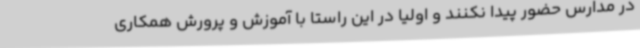
در مدارس حضور پیدا نکنند و اولیا در این راستا با آموزش و پرورش همکاری